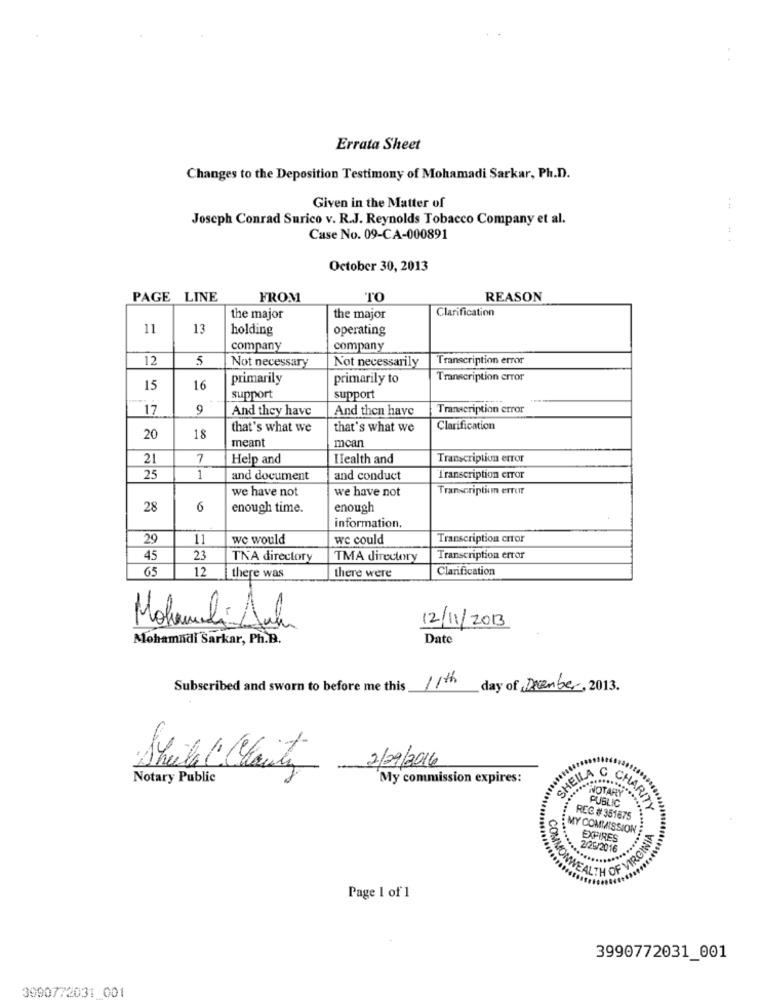
Errata Sheet
Changes to the Deposition Testimony of Mohamadi Sarkar, Ph.D.
Given in the Matter of
Joseph Conrad Surico v. R.J. Reynolds Tobacco Company et al.
Case No. 09-CA-000891
October 30, 2013
PAGE LINE
FROM
TO
REASON
Clarification
the major
the major
11
13
holding
operating
company
company
12
5
Not necessary
Not necessarily
Transcription error
primarily
primarily to
Transcription error
15
16
support
support
17
9
And they have
And then have
Transcription error
that's what we
that's what we
Clarification
20
18
meant
mcan
21
7
Help and
Health and
Transcription error
25
1
and document
and conduct
I'ranscription CITor
we have not
we have not
Transcriptim erfur
28
6
enough time.
enough
information.
29
11
we would
we could
Transcription error
45
23
TNA directory
TMA directory
Transcription error
65
12
Clarification
there was
there were
12/11/2013
Mohamili Ant
Mohamndi Sarkar, Ph.D.
Date
Subscribed and sworn to before me this
11th
day of December, 2013.
2/29/2016
SHEILA C
Notary Public
My commission expires:
NOTARY
PUBLIC
VARITY
REC # 351675
MY COMMISSION
EXPIRES
2/25/2016
12€
Page 1 of 1
3990772031_001
3990772031 001